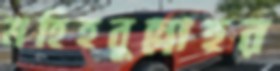
মহিহবুল্লাহর